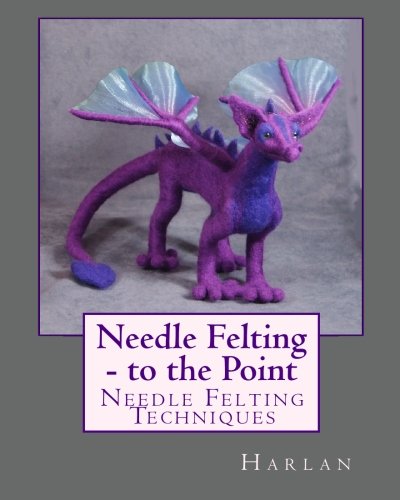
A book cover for Needle Felting - to the Point: Needle Felting Techniques; Harlan; Crafts, Hobbies & Home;